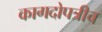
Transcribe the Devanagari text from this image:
कागदोपत्रीच